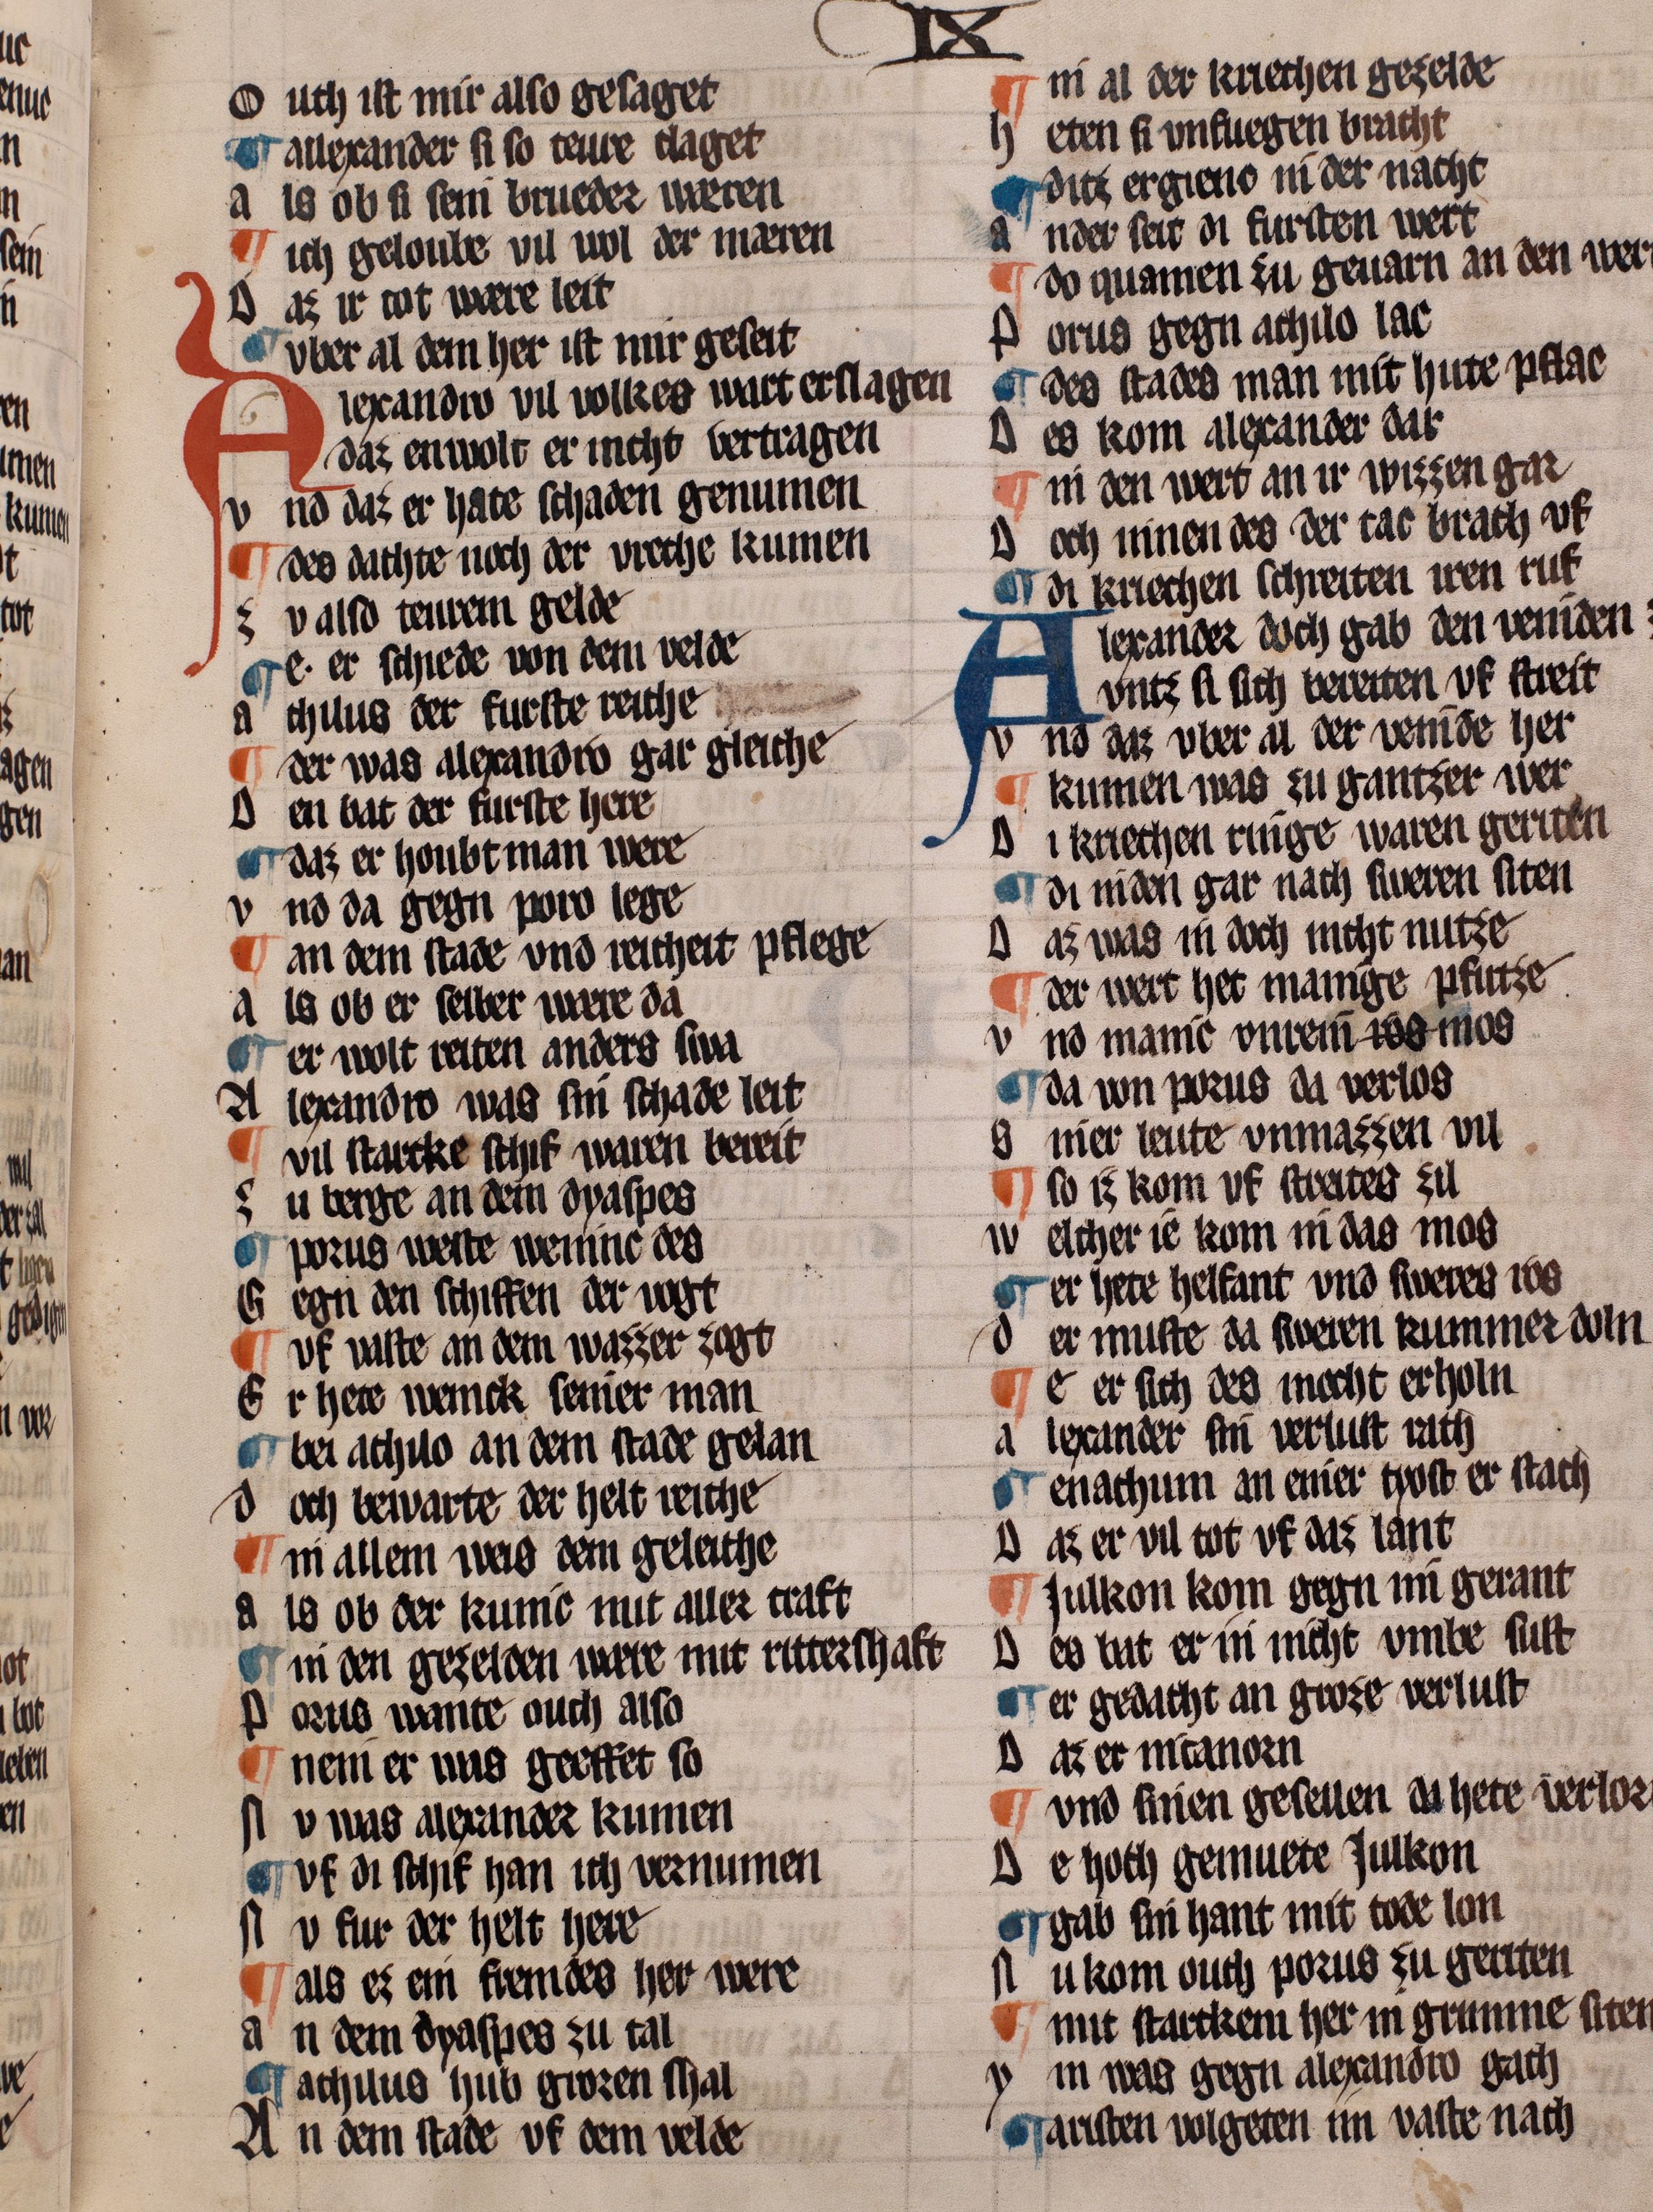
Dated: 1322–1322